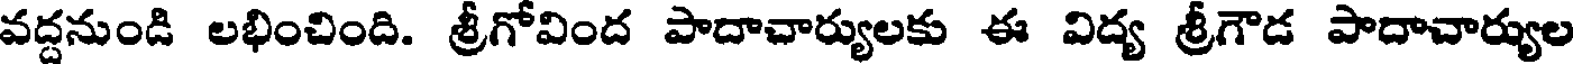
వద్దనుండి లభించింది. శ్రీగోవింద పాదాచార్యులకు ఈ విద్య శ్రీగౌడ పాదాచార్యుల